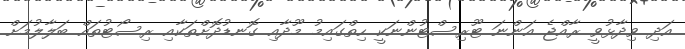
އަދި ވިދާޅުވީ ރާއްޖެ އަންނަ ޓޫރިސްޓުންނަކީ ހިތްގައިމު މޫދާއި ގޮނޑުދޮށްތަކާއި ރިސޯޓުތައް ބަލާލުމަށް